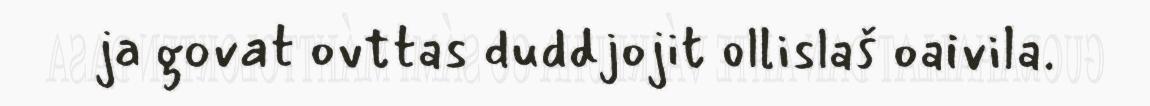
ja govat ovttas duddjojit ollislaš oaivila.